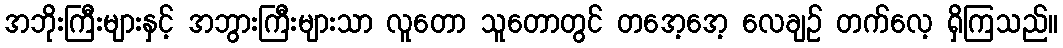
အဘိုးကြီးများနှင့် အဘွားကြီးများသာ လူတော သူတောတွင် တအေ့အေ့ လေချဉ် တက်လေ့ ရှိကြသည်။